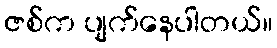
ဇစ်က ပျက်နေပါတယ်။